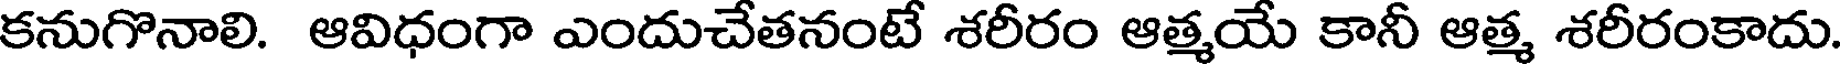
కనుగొనాలి. ఆవిధంగా ఎందుచేతనంటే శరీరం ఆత్మయే కానీ ఆత్మ శరీరంకాదు